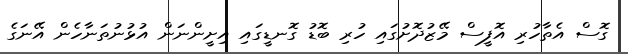
ގޮސް އެތާހުރި އޮފީސް މޭޒުދޮށުގައި ހުރި ބޮޑު ގޮނޑީގައި އިށީންނަން އުޅުނުތަނާހެން އޭނަގެ